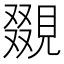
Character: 𧡏